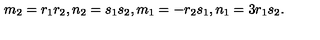
m _ { 2 } = r _ { 1 } r _ { 2 } , n _ { 2 } = s _ { 1 } s _ { 2 } , m _ { 1 } = - r _ { 2 } s _ { 1 } , n _ { 1 } = 3 r _ { 1 } s _ { 2 } .